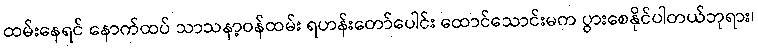
ထမ်းနေရင် နောက်ထပ် သာသနာ့ဝန်ထမ်း ရဟန်းတော်ပေါင်း ထောင်သောင်းမက ပွားစေနိုင်ပါတယ်ဘုရား၊